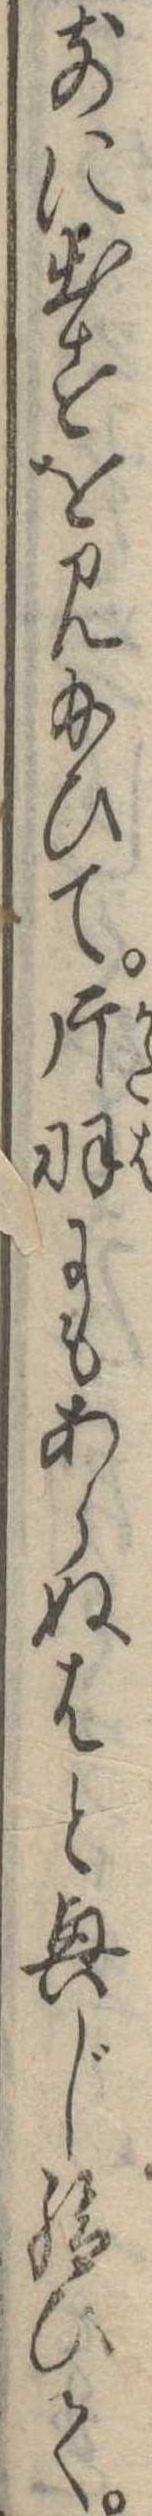
前に出すを見給ひて片羽にもあらぬはと興じ給ひて